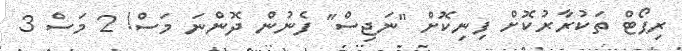
ރިޕޯޓް ތަކުރާރުކޮށް ފިނިކޮށް "ނަޖިސް" ފެނުން ދޮންނަ މަސް! 2 މަސް 3